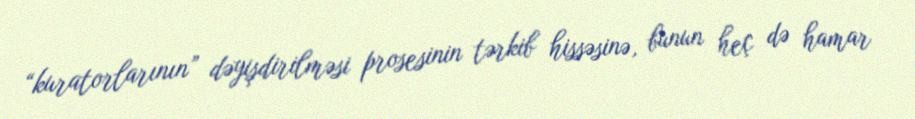
“kuratorlarının” dəyişdirilməsi prosesinin tərkib hissəsinə, bunun heç də hamar